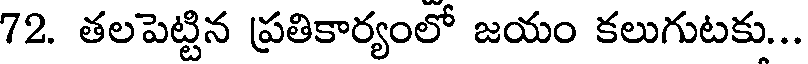
72. తలపెట్టిన ప్రతికార్యంలో జయం కలుగుటకు...